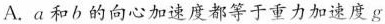
A.a和b的向心加速度都等于重力加速度g